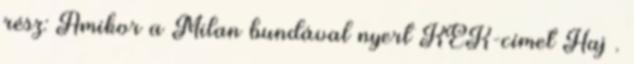
rész: Amikor a Milan bundával nyert KEK-címet Haj .